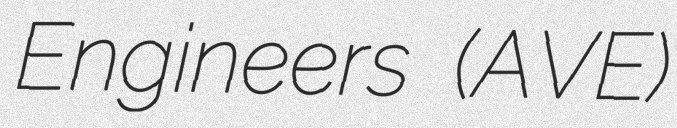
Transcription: Engineers (AVE)